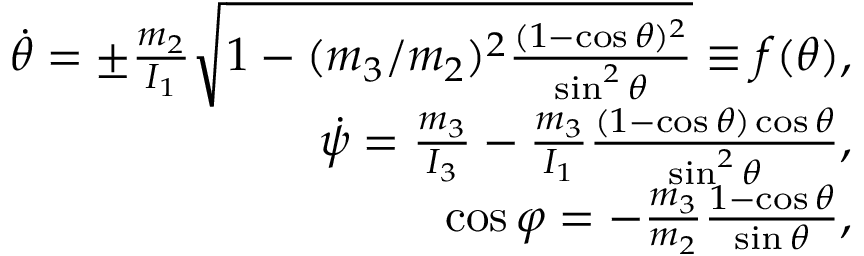
\begin{array} { r } { \dot { \theta } = \pm \frac { m _ { 2 } } { I _ { 1 } } \sqrt { 1 - ( m _ { 3 } / m _ { 2 } ) ^ { 2 } \frac { ( 1 - \cos \theta ) ^ { 2 } } { \sin ^ { 2 } \theta } } \equiv f ( \theta ) , } \\ { \dot { \psi } = \frac { m _ { 3 } } { I _ { 3 } } - \frac { m _ { 3 } } { I _ { 1 } } \frac { ( 1 - \cos \theta ) \cos \theta } { \sin ^ { 2 } \theta } , } \\ { \cos \varphi = - \frac { m _ { 3 } } { m _ { 2 } } \frac { 1 - \cos \theta } { \sin \theta } , } \end{array}